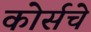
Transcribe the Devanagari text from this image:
कोर्सचे